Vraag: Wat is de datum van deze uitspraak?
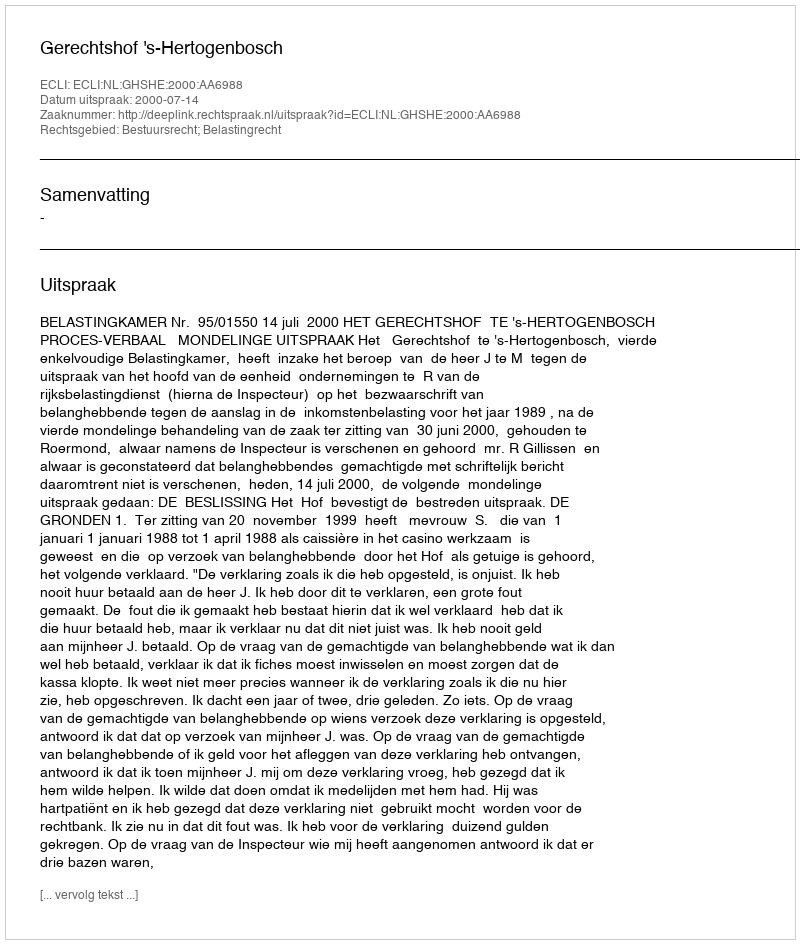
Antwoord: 2000-07-14